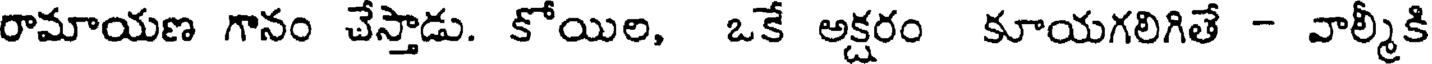
రామాయణ గానం చేస్తాడు. కోయిల, ఒకే అక్షరం కూయగలిగితే - వాల్మీకి